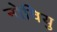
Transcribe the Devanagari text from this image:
नोवियु